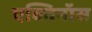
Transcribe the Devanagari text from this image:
एक्विनॉस